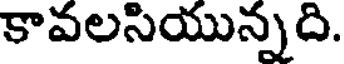
కావలసియున్నది.